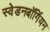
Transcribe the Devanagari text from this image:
स्वेडनबॉर्गियन